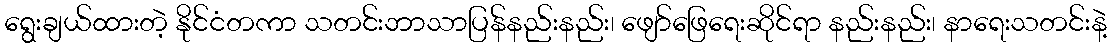
ရွေးချယ်ထားတဲ့ နိုင်ငံတကာ သတင်းဘာသာပြန်နည်းနည်း၊ ဖျော်ဖြေရေးဆိုင်ရာ နည်းနည်း၊ နာရေးသတင်းနဲ့